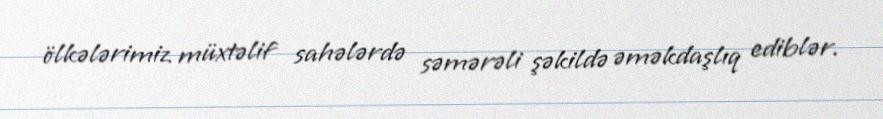
ölkələrimiz müxtəlif sahələrdə səmərəli şəkildə əməkdaşlıq ediblər.